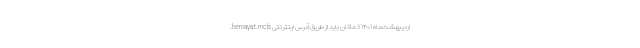
اردیبهشت‌ماه ۱۴۰۱ کماکان باید از طریق آدرس اینترنتی hemayat.mcls.